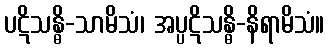
ပဋိသန္ဓိ-သာမိသံ၊ အပ္ပဋိသန္ဓိ-နိရာမိသံ။